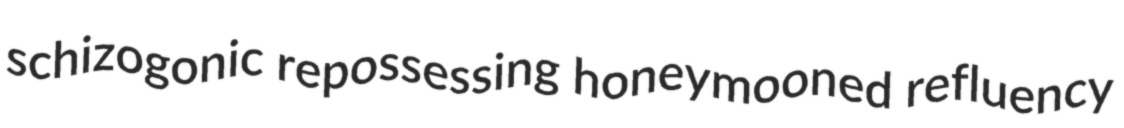
schizogonic repossessing honeymooned refluency